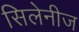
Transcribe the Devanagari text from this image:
सिलेनीज